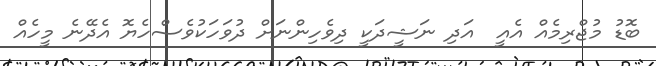
ބޮޑު މުޖްރިމެއް އެއީ  އަދި ނަޝީދަކީ ދިވެހިންނަށް ދުވަހަކުވެސްހެޔޮ އެދޭނެ މީހެއް